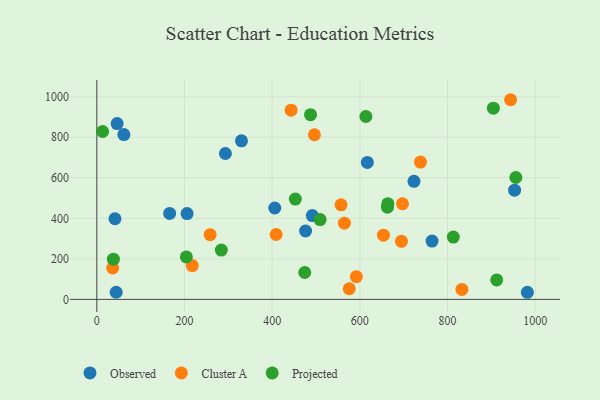
{"axis": {"x": "Study Hours", "y": "Profit"}, "legend": ["Cluster A", "Observed", "Projected"], "data": [{"x": "44.1", "y": 35.1, "type": "Observed"}, {"x": "293.3", "y": 719.8, "type": "Observed"}, {"x": "61.7", "y": 813.4, "type": "Observed"}, {"x": "166.1", "y": 424.3, "type": "Observed"}, {"x": "491.6", "y": 413.5, "type": "Observed"}, {"x": "476.2", "y": 337.4, "type": "Observed"}, {"x": "46.3", "y": 867.6, "type": "Observed"}, {"x": "723.5", "y": 582.6, "type": "Observed"}, {"x": "330.0", "y": 782.2, "type": "Observed"}, {"x": "764.7", "y": 287.7, "type": "Observed"}, {"x": "617.1", "y": 675.7, "type": "Observed"}, {"x": "953.0", "y": 538.6, "type": "Observed"}, {"x": "982.2", "y": 35.0, "type": "Observed"}, {"x": "205.9", "y": 423.3, "type": "Observed"}, {"x": "405.9", "y": 450.8, "type": "Observed"}, {"x": "41.4", "y": 397.9, "type": "Observed"}, {"x": "36.1", "y": 154.9, "type": "Cluster A"}, {"x": "557.2", "y": 466.6, "type": "Cluster A"}, {"x": "738.3", "y": 677.6, "type": "Cluster A"}, {"x": "695.0", "y": 286.2, "type": "Cluster A"}, {"x": "496.4", "y": 812.4, "type": "Cluster A"}, {"x": "832.8", "y": 49.3, "type": "Cluster A"}, {"x": "653.9", "y": 316.7, "type": "Cluster A"}, {"x": "943.9", "y": 985.2, "type": "Cluster A"}, {"x": "409.1", "y": 320.0, "type": "Cluster A"}, {"x": "564.8", "y": 375.9, "type": "Cluster A"}, {"x": "217.7", "y": 166.8, "type": "Cluster A"}, {"x": "697.3", "y": 471.9, "type": "Cluster A"}, {"x": "592.1", "y": 111.9, "type": "Cluster A"}, {"x": "575.8", "y": 52.5, "type": "Cluster A"}, {"x": "258.5", "y": 319.1, "type": "Cluster A"}, {"x": "443.2", "y": 933.4, "type": "Cluster A"}, {"x": "663.0", "y": 454.8, "type": "Projected"}, {"x": "284.0", "y": 243.1, "type": "Projected"}, {"x": "509.3", "y": 393.8, "type": "Projected"}, {"x": "13.2", "y": 828.4, "type": "Projected"}, {"x": "813.3", "y": 307.3, "type": "Projected"}, {"x": "452.8", "y": 495.1, "type": "Projected"}, {"x": "663.9", "y": 472.4, "type": "Projected"}, {"x": "904.6", "y": 943.5, "type": "Projected"}, {"x": "487.5", "y": 911.3, "type": "Projected"}, {"x": "955.9", "y": 601.3, "type": "Projected"}, {"x": "613.8", "y": 902.5, "type": "Projected"}, {"x": "204.2", "y": 209.4, "type": "Projected"}, {"x": "474.3", "y": 132.7, "type": "Projected"}, {"x": "912.2", "y": 95.9, "type": "Projected"}, {"x": "37.8", "y": 198.2, "type": "Projected"}]}